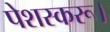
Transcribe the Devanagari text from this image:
पेशस्‍करू।